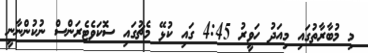
މި މުބާރާތުގައި މިއަދު ހަވީރު 4:45 ގައި ކުޅޭ މެޗުގައި ސޮކަވެޓެރަންސް ނުކުންނާނީ